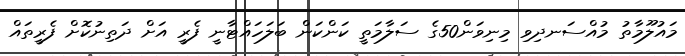
މައުލޫމާތު މުއްސަނދިވި މިނިވަން50ގެ ސަލާމަތީ ކަންކަން ބަލަހައްޓާނީ ފެރީ އަށް ދަތިނުކޮށް ފެރީތައް